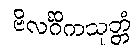
ဗိလင်္ဂိကသုတ္တံ